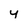
Character: y